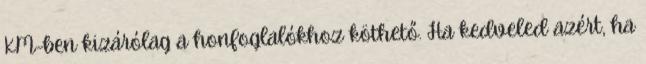
KM-ben kizárólag a honfoglalókhoz köthető. Ha kedveled azért, ha